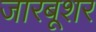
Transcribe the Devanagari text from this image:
जारबूशर